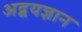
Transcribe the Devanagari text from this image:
अद्वयज्ञान